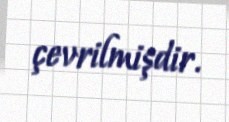
çevrilmişdir.